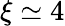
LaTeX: \xi\simeq 4